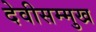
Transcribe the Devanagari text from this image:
देवीसम्मुख